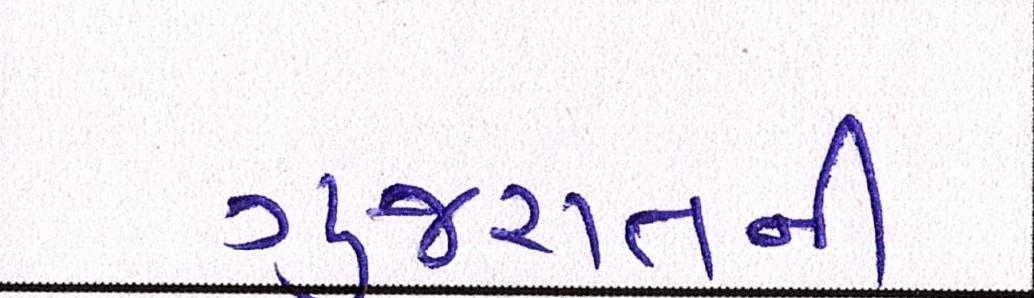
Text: ગુજરાતની